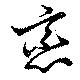
恋